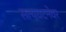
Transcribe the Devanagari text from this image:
सत्यघटनेवर